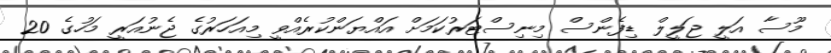
މޫސާ އަލީ ޖަލީލް ޑިފެންސް މިނިސްޓަރުކަމަށް އައްޔަންކުރެއްވީ މިއަހަރުގެ ޖެނުއަރީ މަހުގެ 20